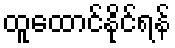
ထူထောင်နိုင်ရန်